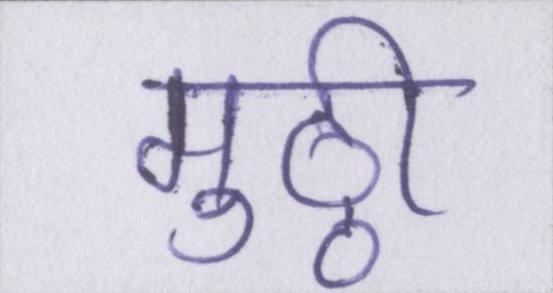
मुठ्ठी